Vaccine operations Central Provinces & Berar 1922-1929 - 1922-1929
Year: 1922
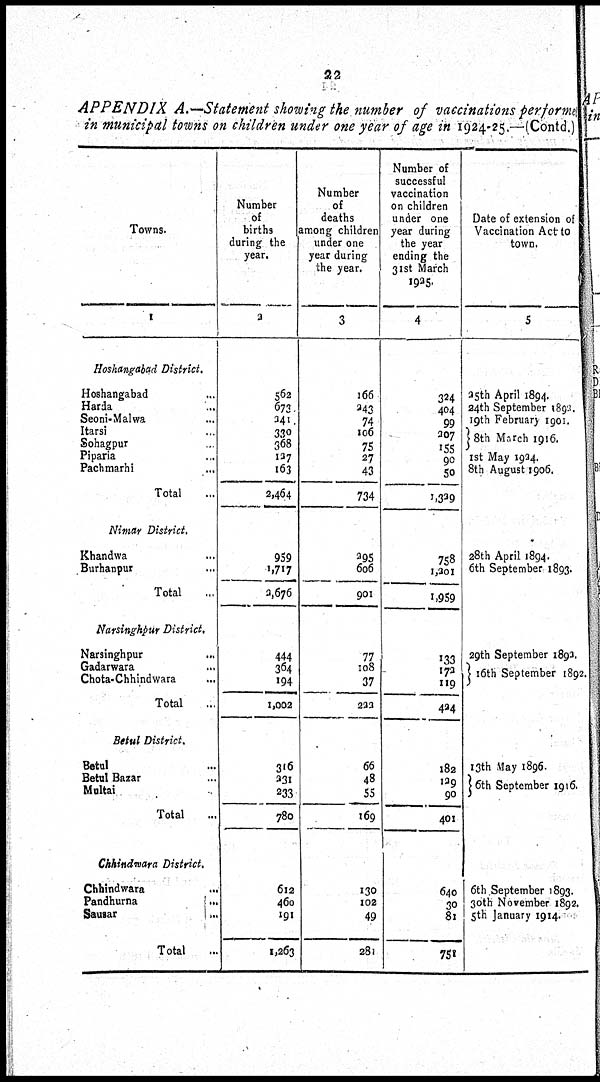
22
APPENDIX A.—Statement showing the number of vaccinations performed
in municipal towns on children under one year of age in 1924-25.—(Contd.)
Towns.
1
Hoshangabad
District.
Hoshangabad ...
Harda ...
Seoni-Malwa ...
Itarsi ...
Sohagpur ...
Piparia ...
Pachmarhi
...
Total ...
Nimar
District.
Khandwa ...
Burhanpur ...
Total ...
Narsinghpur District.
Narsinghpur
...
Gadarwara ...
Chota-Chhindwara ...
Total ...
Betul
District.
Betul ...
Betul Bazar ...
Multai ...
Total ...
Chhindwara District.
Chhindwara ...
Pandhurna
...
Sausar ...
Total ...
Number
of
births
during the
year.
2
562
673
241
330
368
127
163
2,464
959
1,717
2,676
444
364
194
1,002
316
231
233
780
612
460
191
1,263
Number
of
deaths
among children
under one
year during
the year.
3
166
243
74
106
75
27
43
734
295
606
901
77
108
37
223
66
48
55
169
130
102
49
281
Number of
successful
vaccination
on children
under one
year during
the year
ending the
31st March
1925.
4
324
404
99
207
155
90
50
1,329
758
1,201
1,959
133
172
119
424
182
129
90
401
640
30
81
751
Date of extension of
Vaccination Act to
town.
5
25th April 1894.
24th September 1892.
19th February 1901.
8th March 1916.
1st May 1924.
8th August 1906.
28th April 1894.
6th September 1893.
29th September 1892.
16th September 1892.
13th May 1896.
6th September 1916.
6th September 1893.
30th November 1892.
5th January 1914.